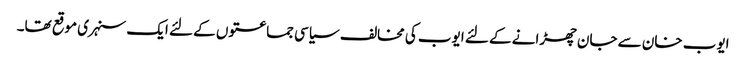
ایوب خان سے جان چھڑانے کے لئے ایوب کی مخالف سیاسی جماعتوں کے لئے ایک سنہری موقع تھا۔